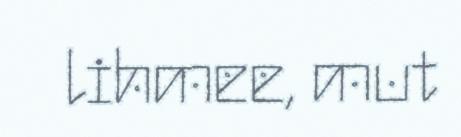
lihmee, mut